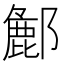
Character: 𮠌